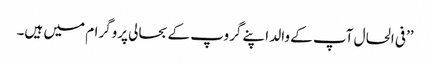
’’فی الحال آپ کے والد اپنے گروپ کے بحالی پروگرام میں ہیں۔